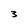
Character: 3